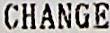
CHANGE